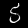
Digit: 5